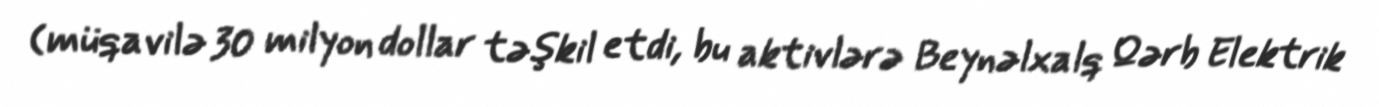
(müqavilə 30 milyon dollar təşkil etdi, bu aktivlərə Beynəlxalq Qərb Elektrik